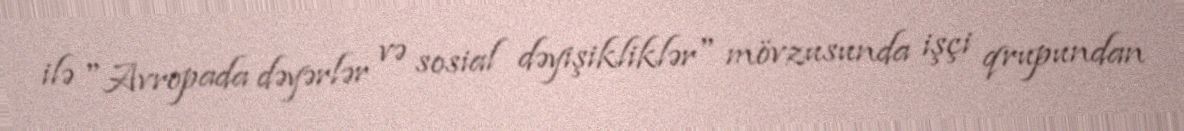
ilə "Avropada dəyərlər və sosial dəyişikliklər" mövzusunda işçi qrupundan